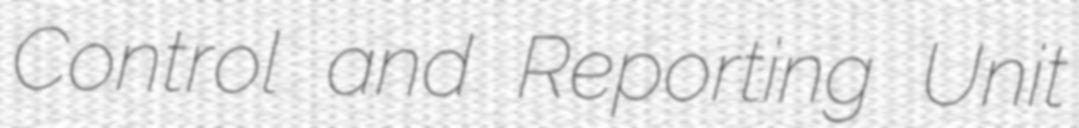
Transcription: Control and Reporting Unit